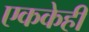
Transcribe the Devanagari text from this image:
एककेही